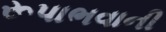
રૂપાભવાની